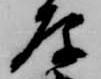
原